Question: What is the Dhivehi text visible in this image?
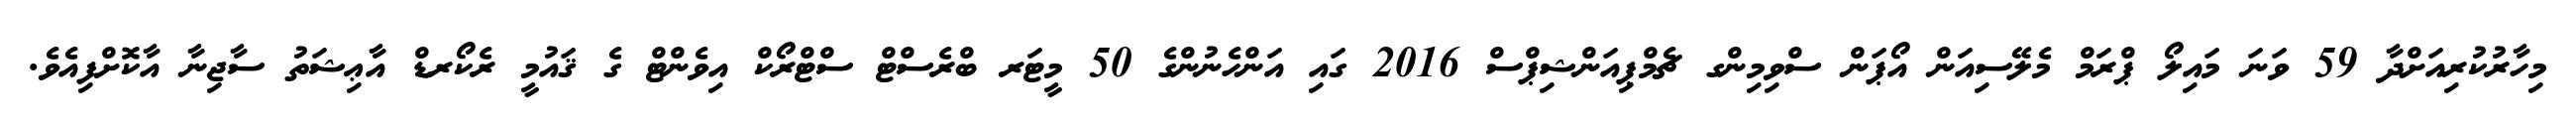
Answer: މިހާރުކުރިއަށްދާ 59 ވަނަ މައިލޯ ޕްރަމް މެލޭސިއަން އޯޕަން ސްވިމިންގ ޗެމްޕިއަންޝިޕްސް 2016 ގައި އަންހެނުންގެ 50 މީޓަރ ބްރެސްޓް ސްޓްރޯކް އިވެންޓް ގެ ޤައުމީ ރެކޯރޑް އާޢިޝަތު ސާޖިނާ އާކޮށްފިއެވެ.